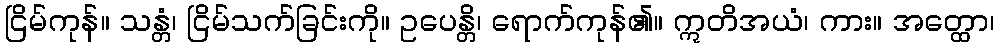
ငြိမ်ကုန်။ သန္တံ၊ ငြိမ်သက်ခြင်းကို။ ဥပေန္တိ၊ ရောက်ကုန်၏။ ဣတိအယံ၊ ကား။ အတ္ထော၊